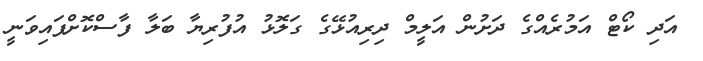
އަދި ކޯޓް އަމުރެއްގެ ދަށުން އަލީމް ދިރިއުޅޭގެ ގަލޮޅު އުފުރިޔާ ބަލާ ފާސްކޮށްފައިވަނީ